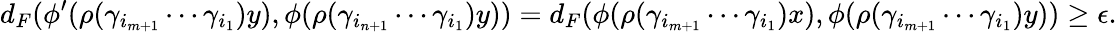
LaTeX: d_{F}(\phi^{\prime}(\rho(\gamma_{i_{m+1}}\cdots\gamma_{i_{1}})y),\phi(\rho(\gamma_{i_{n+1}}\cdots\gamma_{i_{1}})y))=d_{F}(\phi(\rho(\gamma_{i_{m+1}}\cdots\gamma_{i_{1}})x),\phi(\rho(\gamma_{i_{m+1}}\cdots\gamma_{i_{1}})y))\ge\epsilon.